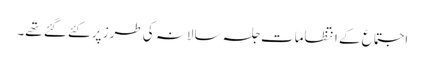
اجتماع کے انتظامات جلسہ سالانہ کی طرز پر کئے گئے تھے۔